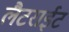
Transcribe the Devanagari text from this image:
लैटराईट